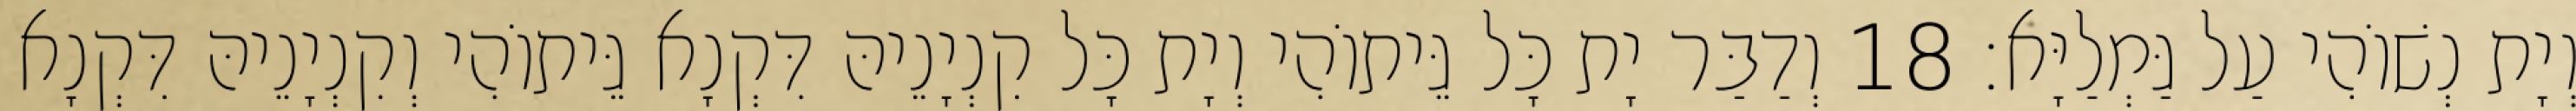
וְיָת נְשׁוֹהִי עַל גַּמְלַיָּא׃ 18 וְדַבַּר יָת כָּל גֵּיתוֹהִי וְיָת כָּל קִנְיָנֵיהּ דִּקְנָא גֵּיתוֹהִי וְקִנְיָנֵיהּ דִּקְנָא